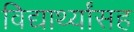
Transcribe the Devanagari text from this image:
विद्यार्थ्यांसह